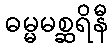
ဓမ္မမစ္ဆရိနီ